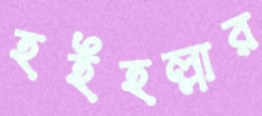
হইহল্লার